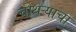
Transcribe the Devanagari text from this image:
चौथऱ्याचा